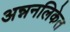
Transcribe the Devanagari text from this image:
अन्ननलिकेत